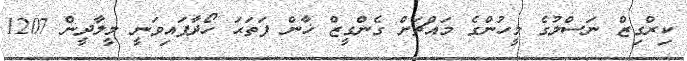
ކިރްގިޒް ނަސްލުގެ މީހުންގެ މައްޗަށް ގެންގީޒް ޚާން ފަތަޙަ ހޯދާފައިވަނީ މީލާދީން 1207